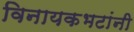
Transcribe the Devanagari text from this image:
विनायकभटांनी